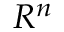
{ \cal R } ^ { n }